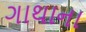
ગાથાના